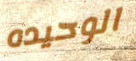
الوحيده